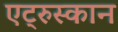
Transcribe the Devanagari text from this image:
एट्रुस्कान